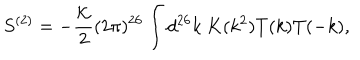
LaTeX: S ^ { ( 2 ) } = - \frac { \cal K } { 2 } ( 2 \pi ) ^ { 2 6 } \int d ^ { 2 6 } k ~ K ( k ^ { 2 } ) T ( k ) T ( - k ) ,